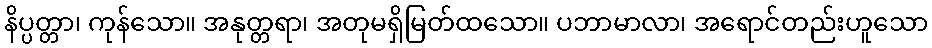
နိပ္ပတ္တာ၊ ကုန်သော။ အနုတ္တရာ၊ အတုမရှိမြတ်ထသော။ ပဘာမာလာ၊ အရောင်တည်းဟူသော